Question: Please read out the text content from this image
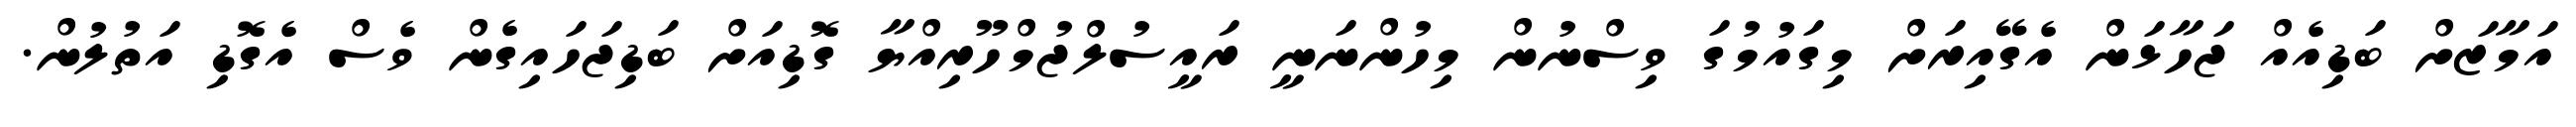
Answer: އަމާޒަށް ބަޑިއެއް ޖަހާޅަން އެގޭއިރަށް މިގައުމުގަ ވިސްނުން މިހުންނަނީ ރައީސުލްޖުމްހޫރިއްޔާ ގޮޑިއަށް ބަޑިޖަހައިގެން ވެސް އެގޮޑި އަތުލުން.